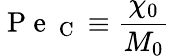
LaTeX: \mathrm{~P~e~}_{\mathrm{~C~}}\equiv\frac{\chi_{0}}{M_{0}}